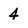
Character: 4